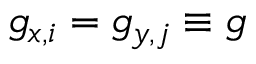
g _ { x , i } = g _ { y , j } \equiv g